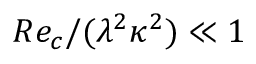
R e _ { c } / ( \lambda ^ { 2 } \kappa ^ { 2 } ) \ll 1